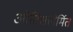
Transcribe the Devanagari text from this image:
ओटिसनिर्मित